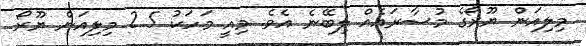
މިލިއަން ޔޫރޯގެ މުސާރައެއް ލިބޭނެ އެވެ. މިއީ މަހަކު 2.5 މިލިއަން ޔޫރޯ